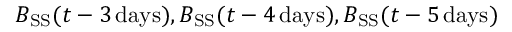
B _ { \mathrm { S S } } ( t - 3 \mathrm { \, d a y s } ) , B _ { \mathrm { S S } } ( t - 4 \mathrm { \, d a y s } ) , B _ { \mathrm { S S } } ( t - 5 \mathrm { \, d a y s } )